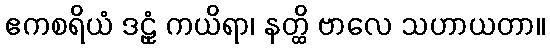
ဧကစရိယံ ဒဠှံ ကယိရာ၊ နတ္ထိ ဗာလေ သဟာယတာ။